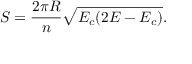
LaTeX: S = \frac { 2 \pi R } { n } \sqrt { E _ { c } ( 2 E - E _ { c } ) } .